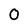
Character: 0